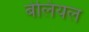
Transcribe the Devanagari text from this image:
बेलियल